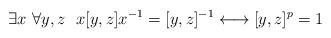
LaTeX: \begin{align*} \exists x \ \forall y, z \ \ x[y,z]x^{-1} = [y,z]^{-1} \longleftrightarrow [y,z]^{p} = 1 \end{align*}